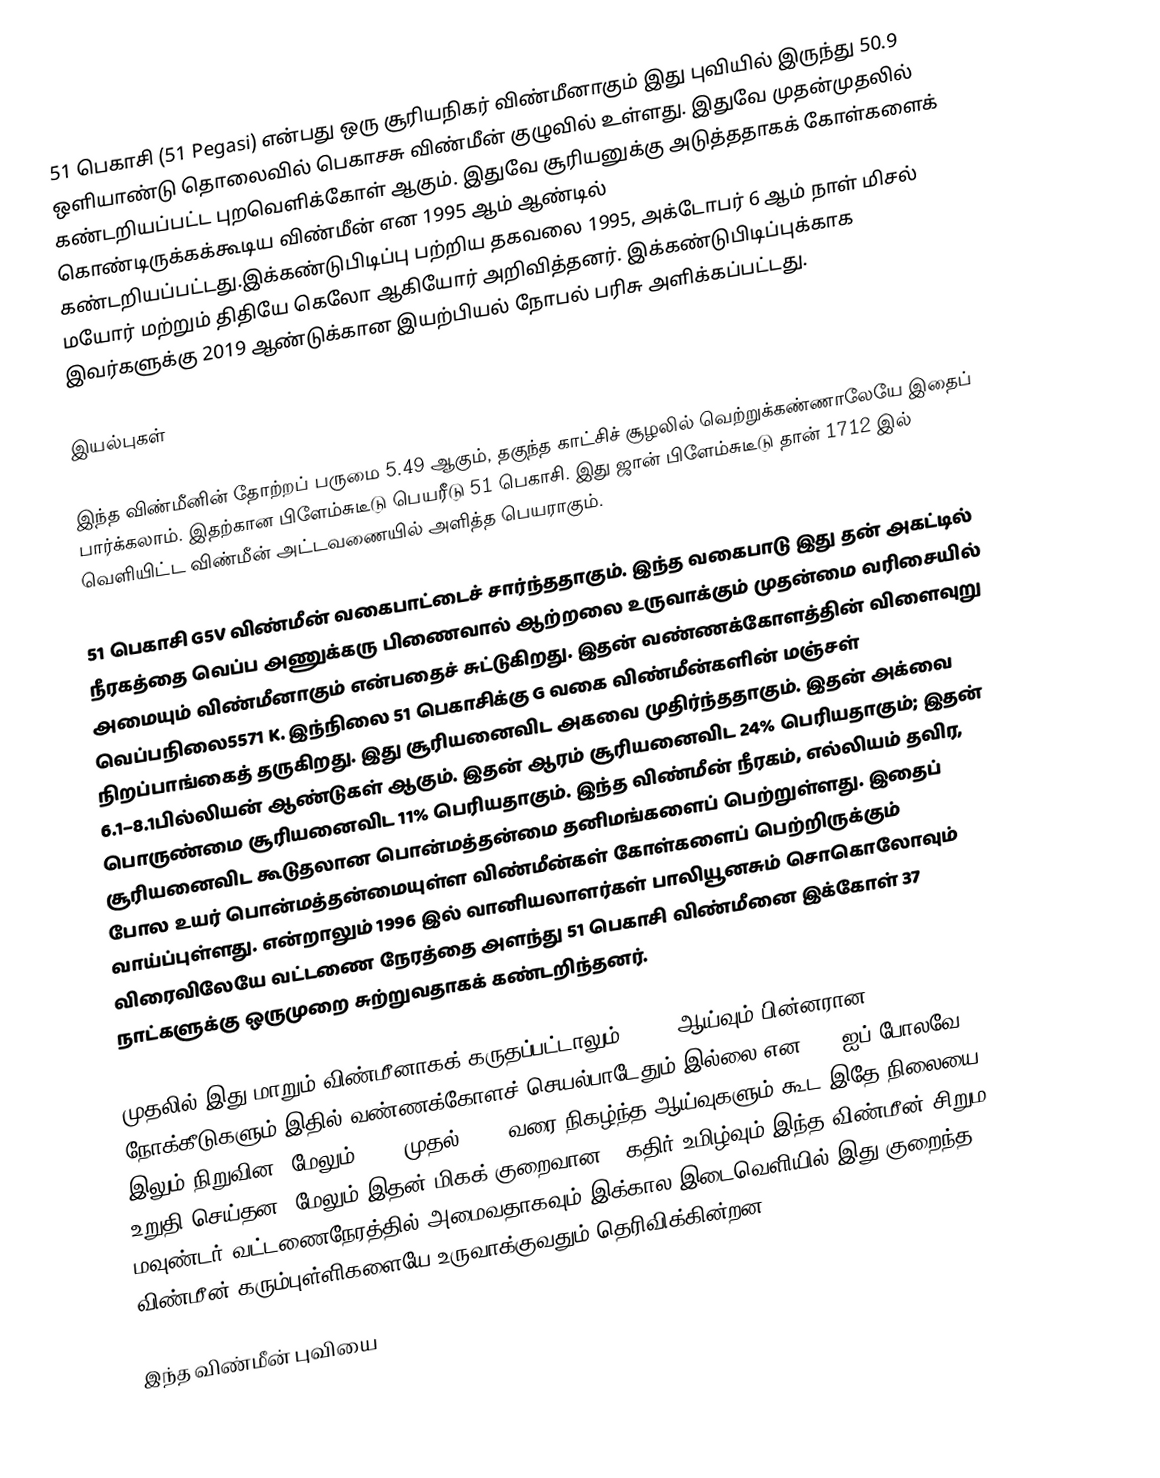
51 பெகாசி (51 Pegasi) என்பது ஒரு சூரியநிகர் விண்மீனாகும் இது புவியில் இருந்து  50.9 ஒளியாண்டு தொலைவில் பெகாசசு விண்மீன் குழுவில் உள்ளது. இதுவே முதன்முதலில் கண்டறியப்பட்ட புறவெளிக்கோள் ஆகும். இதுவே சூரியனுக்கு அடுத்ததாகக் கோள்களைக் கொண்டிருக்கக்கூடிய விண்மீன் என 1995 ஆம் ஆண்டில் கண்டறியப்பட்டது.இக்கண்டுபிடிப்பு பற்றிய தகவலை 1995, அக்டோபர் 6 ஆம் நாள் மிசல் மயோர் மற்றும் திதியே கெலோ ஆகியோர் அறிவித்தனர். இக்கண்டுபிடிப்புக்காக இவர்களுக்கு 2019 ஆண்டுக்கான இயற்பியல் நோபல் பரிசு அளிக்கப்பட்டது.

இயல்புகள்

இந்த விண்மீனின் தோற்றப் பருமை 5.49 ஆகும், தகுந்த காட்சிச் சூழலில் வெற்றுக்கண்ணாலேயே இதைப் பார்க்கலாம். இதற்கான பிளேம்சுடீடு பெயரீடு 51 பெகாசி. இது ஜான் பிளேம்சுடீடு தான் 1712 இல் வெளியிட்ட விண்மீன் அட்டவணையில் அளித்த பெயராகும்.

51 பெகாசி G5V விண்மீன் வகைபாட்டைச் சார்ந்ததாகும். இந்த வகைபாடு இது தன் அகட்டில் நீரகத்தை வெப்ப அணுக்கரு பிணைவால் ஆற்றலை உருவாக்கும் முதன்மை வரிசையில் அமையும் விண்மீனாகும் என்பதைச் சுட்டுகிறது. இதன் வண்ணக்கோளத்தின் விளைவுறு வெப்பநிலை5571 K. இந்நிலை 51 பெகாசிக்கு G வகை விண்மீன்களின் மஞ்சள் நிறப்பாங்கைத் தருகிறது. இது சூரியனைவிட அகவை முதிர்ந்ததாகும். இதன் அக்வை 6.1–8.1பில்லியன் ஆண்டுகள் ஆகும். இதன் ஆரம் சூரியனைவிட 24% பெரியதாகும்; இதன் பொருண்மை சூரியனைவிட 11% பெரியதாகும். இந்த விண்மீன் நீரகம், எல்லியம் தவிர, சூரியனைவிட கூடுதலான பொன்மத்தன்மை தனிமங்களைப் பெற்றுள்ளது. இதைப் போல உயர் பொன்மத்தன்மையுள்ள விண்மீன்கள் கோள்களைப் பெற்றிருக்கும் வாய்ப்புள்ளது. என்றாலும் 1996 இல் வானியலாளர்கள் பாலியூனசும் சொகொலோவும் விரைவிலேயே வட்டணை நேரத்தை அளந்து 51 பெகாசி விண்மீனை இக்கோள் 37 நாட்களுக்கு ஒருமுறை சுற்றுவதாகக் கண்டறிந்தனர்.

முதலில் இது மாறும் விண்மீனாகக் கருதப்பட்டாலும், 1981 ஆய்வும் பின்னரான நோக்கீடுகளும் இதில் வண்ணக்கோளச் செயல்பாடேதும் இல்லை என 1977ஐப் போலவே 1989 இலும் நிறுவின. மேலும் 1994 முதல் 2007 வரை நிகழ்ந்த ஆய்வுகளும் கூட இதே நிலையை உறுதி செய்தன. மேலும் இதன் மிகக் குறைவான X-கதிர் உமிழ்வும் இந்த விண்மீன் சிறும மவுண்டர் வட்டணைநேரத்தில் அமைவதாகவும்  இக்கால இடைவெளியில் இது குறைந்த விண்மீன் கரும்புள்ளிகளையே உருவாக்குவதும் தெரிவிக்கின்றன.

இந்த விண்மீன் புவியை